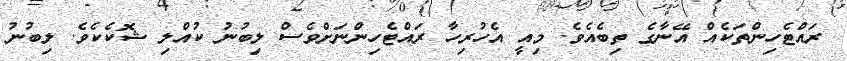
ރައްޓެހިންތަކެއް އޭނާގެ ތިބެއެވެ. މިއީ އެހުރިހާ ރައްޓެހިންނަށްވެސް ލިބުނު ކުއްލި ޝޮކެކެވެ. ލިބުނު